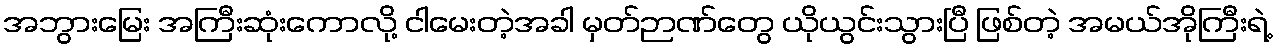
အဘွားမြေး အကြီးဆုံးကောလို့ ငါမေးတဲ့အခါ မှတ်ဉာဏ်တွေ ယိုယွင်းသွားပြီ ဖြစ်တဲ့ အမယ်အိုကြီးရဲ့